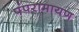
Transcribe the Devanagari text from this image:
पंपरामायण